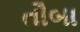
તૌબા